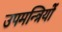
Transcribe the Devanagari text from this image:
उपमन्त्रियों